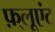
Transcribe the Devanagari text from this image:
फ़्लूएंट